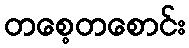
တစေ့တစောင်း